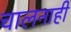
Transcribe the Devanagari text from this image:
चालनाही